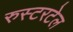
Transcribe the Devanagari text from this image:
रुस्टरटेल